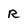
Character: r